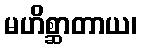
မဟိစ္ဆာတာယ၊